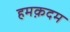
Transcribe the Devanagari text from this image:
हमक़दम